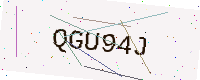
Text: QGU94J